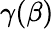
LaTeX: \gamma(\beta)